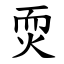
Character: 䎡